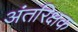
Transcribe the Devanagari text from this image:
अंतरिक्षक